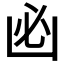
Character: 𠚊